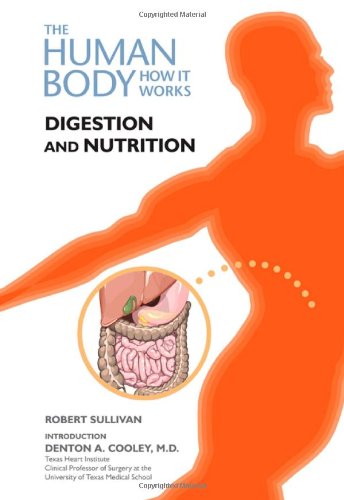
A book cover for Digestion and Nutrition (The Human Body: How It Works); Robert Sullivan; Teen & Young Adult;